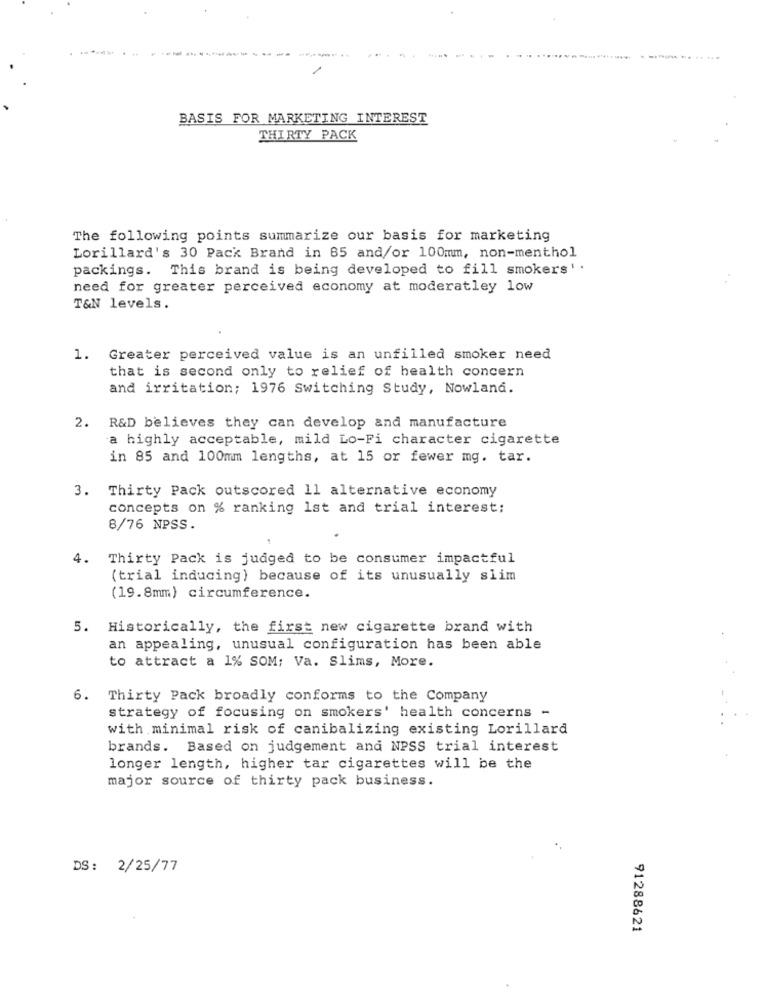
BASIS FOR MARKETING INTEREST
THIRTY PACK
The following points summarize our basis for marketing
Lorillard's 30 Pack Brand in 85 and/or 100mm, non-menthol
packings. This brand is being developed to fill smokers'.
need for greater perceived economy at moderatley low
T&N levels.
1. Greater perceived value is an unfilled smoker need
that is second only to relief of health concern
and irritation; 1976 Switching Study, Nowland.
2. R&D believes they can develop and manufacture
a highly acceptable, mild Lo-Fi character cigarette
in 85 and 100mm lengths, at 15 or fewer mg. tar.
3. Thirty Pack outscored 11 alternative economy
concepts on % ranking 1st and trial interest;
8/76 NPSS.
4. Thirty Pack is judged to be consumer impactful
(trial inducing) because of its unusually slim
(19.8mm) circumference.
5. Historically, the first new cigarette brand with
an appealing, unusual configuration has been able
to attract a 1% SOM; Va. Slims, More.
6. Thirty Pack broadly conforms to the Company
strategy of focusing on smokers' health concerns -
with minimal risk of canibalizing existing Lorillard
brands. Based on judgement and NPSS trial interest
longer length, higher tar cigarettes will be the
major source of thirty pack business.
DS: 2/25/77
91288621